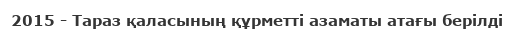
2015 - Тараз қаласының құрметті азаматы атағы берілді